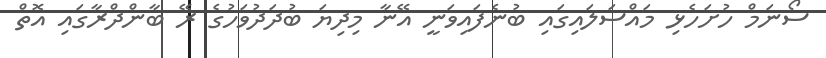
ސޯނަމް ހުށަހެޅި މައްސަލައިގައި ބުނެފައިވަނީ އޭނާ މިދިޔަ ބުދަދުވަހުގެ ރޭ ބާންދްރާގައި އޮތް